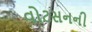
વોટસનની